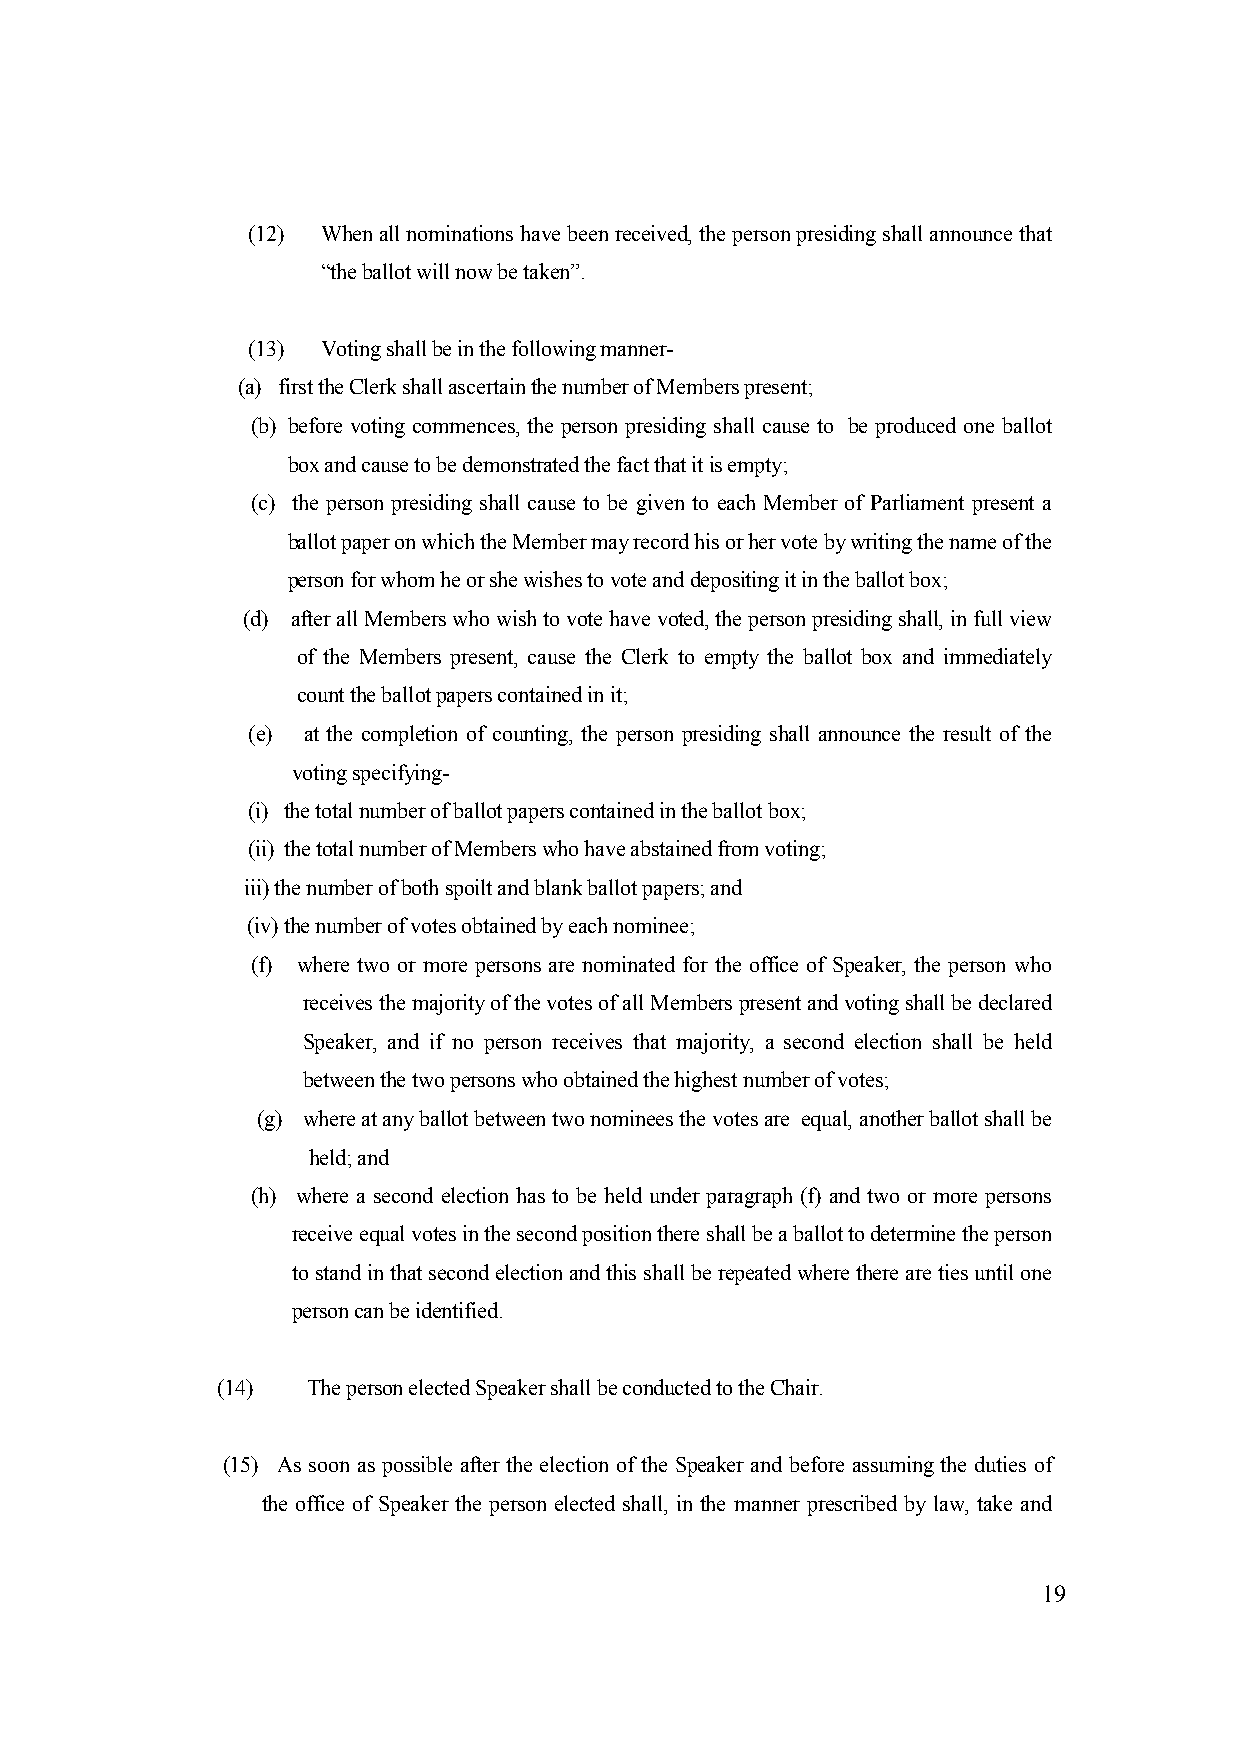
(12) When all nominations have been received, the person presiding shall announce that
 “the ballot will now be taken”.
 (13) Voting shall be in the following manner-
 (a) first the Clerk shall ascertain the number of Members present;
 (b) before voting commences, the person presiding shall cause to be produced one ballot
 box and cause to be demonstrated the fact that it is empty;
 (c) the person presiding shall cause to be given to each Member of Parliament present a
 ballot paper on which the Member may record his or her vote by writing the name of the
 person for whom he or she wishes to vote and depositing it in the ballot box;
 (d) after all Members who wish to vote have voted, the person presiding shall, in full view
 of the Members present, cause the Clerk to empty the ballot box and immediately
 count the ballot papers contained in it;
 (e) at the completion of counting, the person presiding shall announce the result of the
 voting specifying-
 (i) the total number of ballot papers contained in the ballot box;
 (ii) the total number of Members who have abstained from voting;
 iii) the number of both spoilt and blank ballot papers; and
 (iv) the number of votes obtained by each nominee;
 (f) where two or more persons are nominated for the office of Speaker, the person who
 receives the majority of the votes of all Members present and voting shall be declared
 Speaker, and if no person receives that majority, a second election shall be held
 between the two persons who obtained the highest number of votes;
 (g) where at any ballot between two nominees the votes are equal, another ballot shall be
 held; and
 (h) where a second election has to be held under paragraph (f) and two or more persons
 receive equal votes in the second position there shall be a ballot to determine the person
 to stand in that second election and this shall be repeated where there are ties until one
 person can be identified.
 (14)  The person elected Speaker shall be conducted to the Chair.
 (15) As soon as possible after the election of the Speaker and before assuming the duties of
 the office of Speaker the person elected shall, in the manner prescribed by law, take and
 19